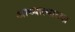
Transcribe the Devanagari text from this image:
आध्यात्माच्या